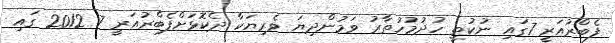
ފެބްރުއަރީ 7ގައި ނުކުތީ ހުދުމުހުތާރު ވަމުންދިޔަ ވެރިޔަކާ ދެކޮޅަށްފެބްރުއަރީ 7 2012 ގައި